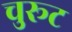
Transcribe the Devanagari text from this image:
चुरूट